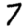
Digit: 7